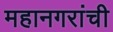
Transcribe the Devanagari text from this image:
महानगरांची